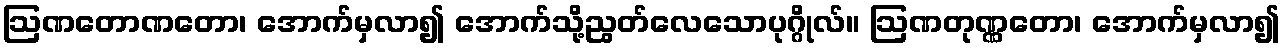
ဩဏတောဏတော၊ အောက်မှလာ၍ အောက်သို့ညွတ်လေသောပုဂ္ဂိုလ်။ ဩဏတုဏ္ဏတော၊ အောက်မှလာ၍